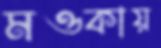
মওকায়